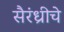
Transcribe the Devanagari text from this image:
सैरंध्रीचे